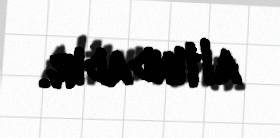
altındadır.